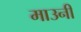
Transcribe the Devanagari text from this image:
माउनी